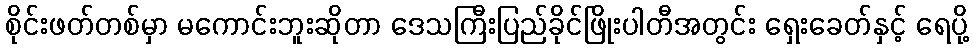
စိုင်းဖတ်တစ်မှာ မကောင်းဘူးဆိုတာ ဒေသကြီးပြည်ခိုင်ဖြိုးပါတီအတွင်း ရှေးခေတ်နှင့် ရေပို့